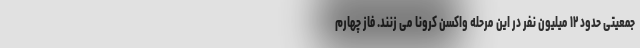
جمعیتی حدود ۱۲ میلیون نفر در این مرحله واکسن کرونا می زنند. فاز چهارم